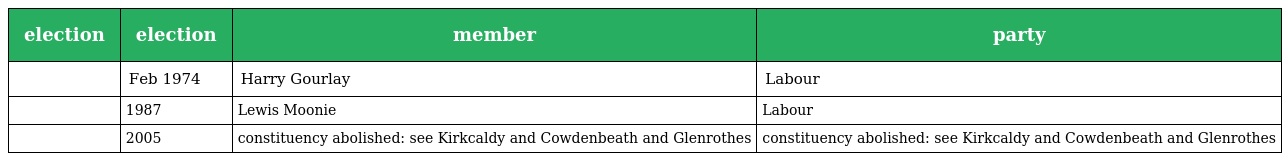
| election | election | member | party |
 | --- | --- | --- | --- |
 |  | Feb 1974 | Harry Gourlay | Labour |
 |  | 1987 | Lewis Moonie | Labour |
 |  | 2005 | constituency abolished: see Kirkcaldy and Cowdenbeath and Glenrothes | constituency abolished: see Kirkcaldy and Cowdenbeath and Glenrothes |